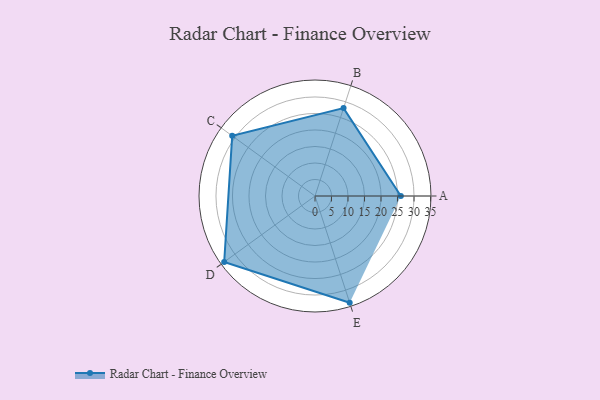
{"axis": {"x": "Skill", "y": "Score"}, "legend": ["Profile"], "data": [{"x": "A", "y": 26.0, "type": "Profile"}, {"x": "B", "y": 28.0, "type": "Profile"}, {"x": "C", "y": 31.0, "type": "Profile"}, {"x": "D", "y": 34.0, "type": "Profile"}, {"x": "E", "y": 34.0, "type": "Profile"}]}